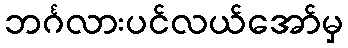
ဘင်္ဂလားပင်လယ်အော်မှ